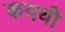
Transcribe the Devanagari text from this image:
कयथी